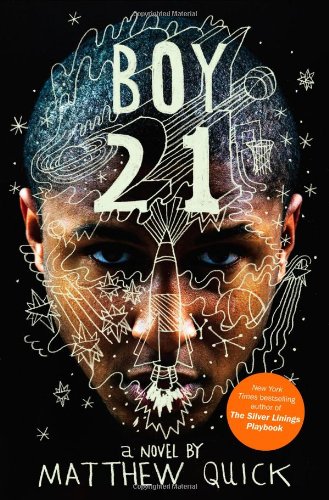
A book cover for Boy21; Matthew Quick; Teen & Young Adult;